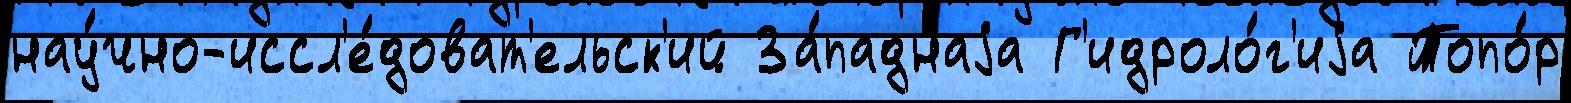
нау́чно-иссл'е́доват'ельск'ий За́паднаjа Г'идроло́г'иjа Топо́р